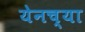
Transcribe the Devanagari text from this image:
येनच्या